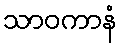
သာဝကာနံ